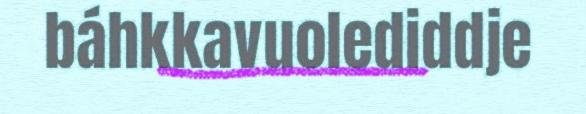
báhkkavuolediddje